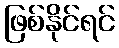
ဖြစ်နိုင်ရင်